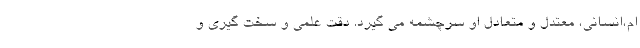
ام،انسانی، معتدل و متعادل او سرچشمه می گیرد. دقت علمی و سخت گیری و